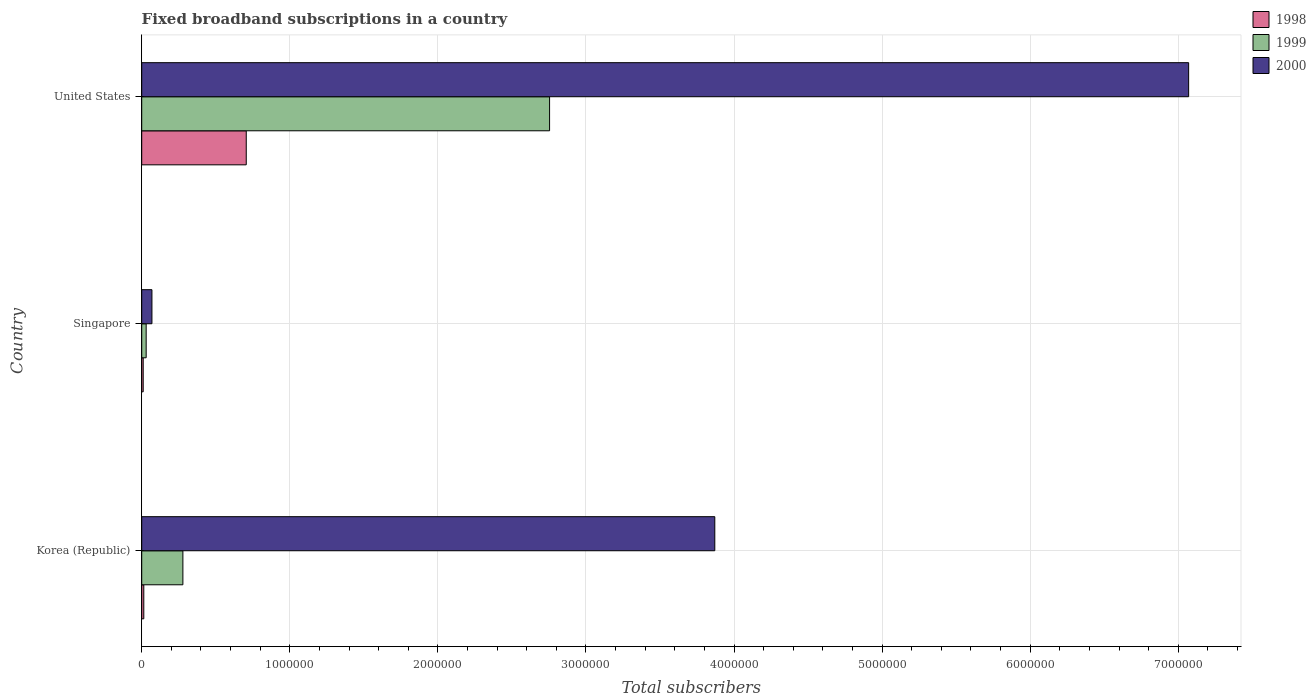
| Country | 1998 | 1999 | 2000 |
 | --- | --- | --- | --- |
 | Korea (Republic) | 1.4e+04 | 2.78e+05 | 3.87e+06 |
 | Singapore | 1e+04 | 3e+04 | 6.9e+04 |
 | United States | 7.06e+05 | 2.75e+06 | 7.07e+06 |